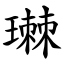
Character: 㻷